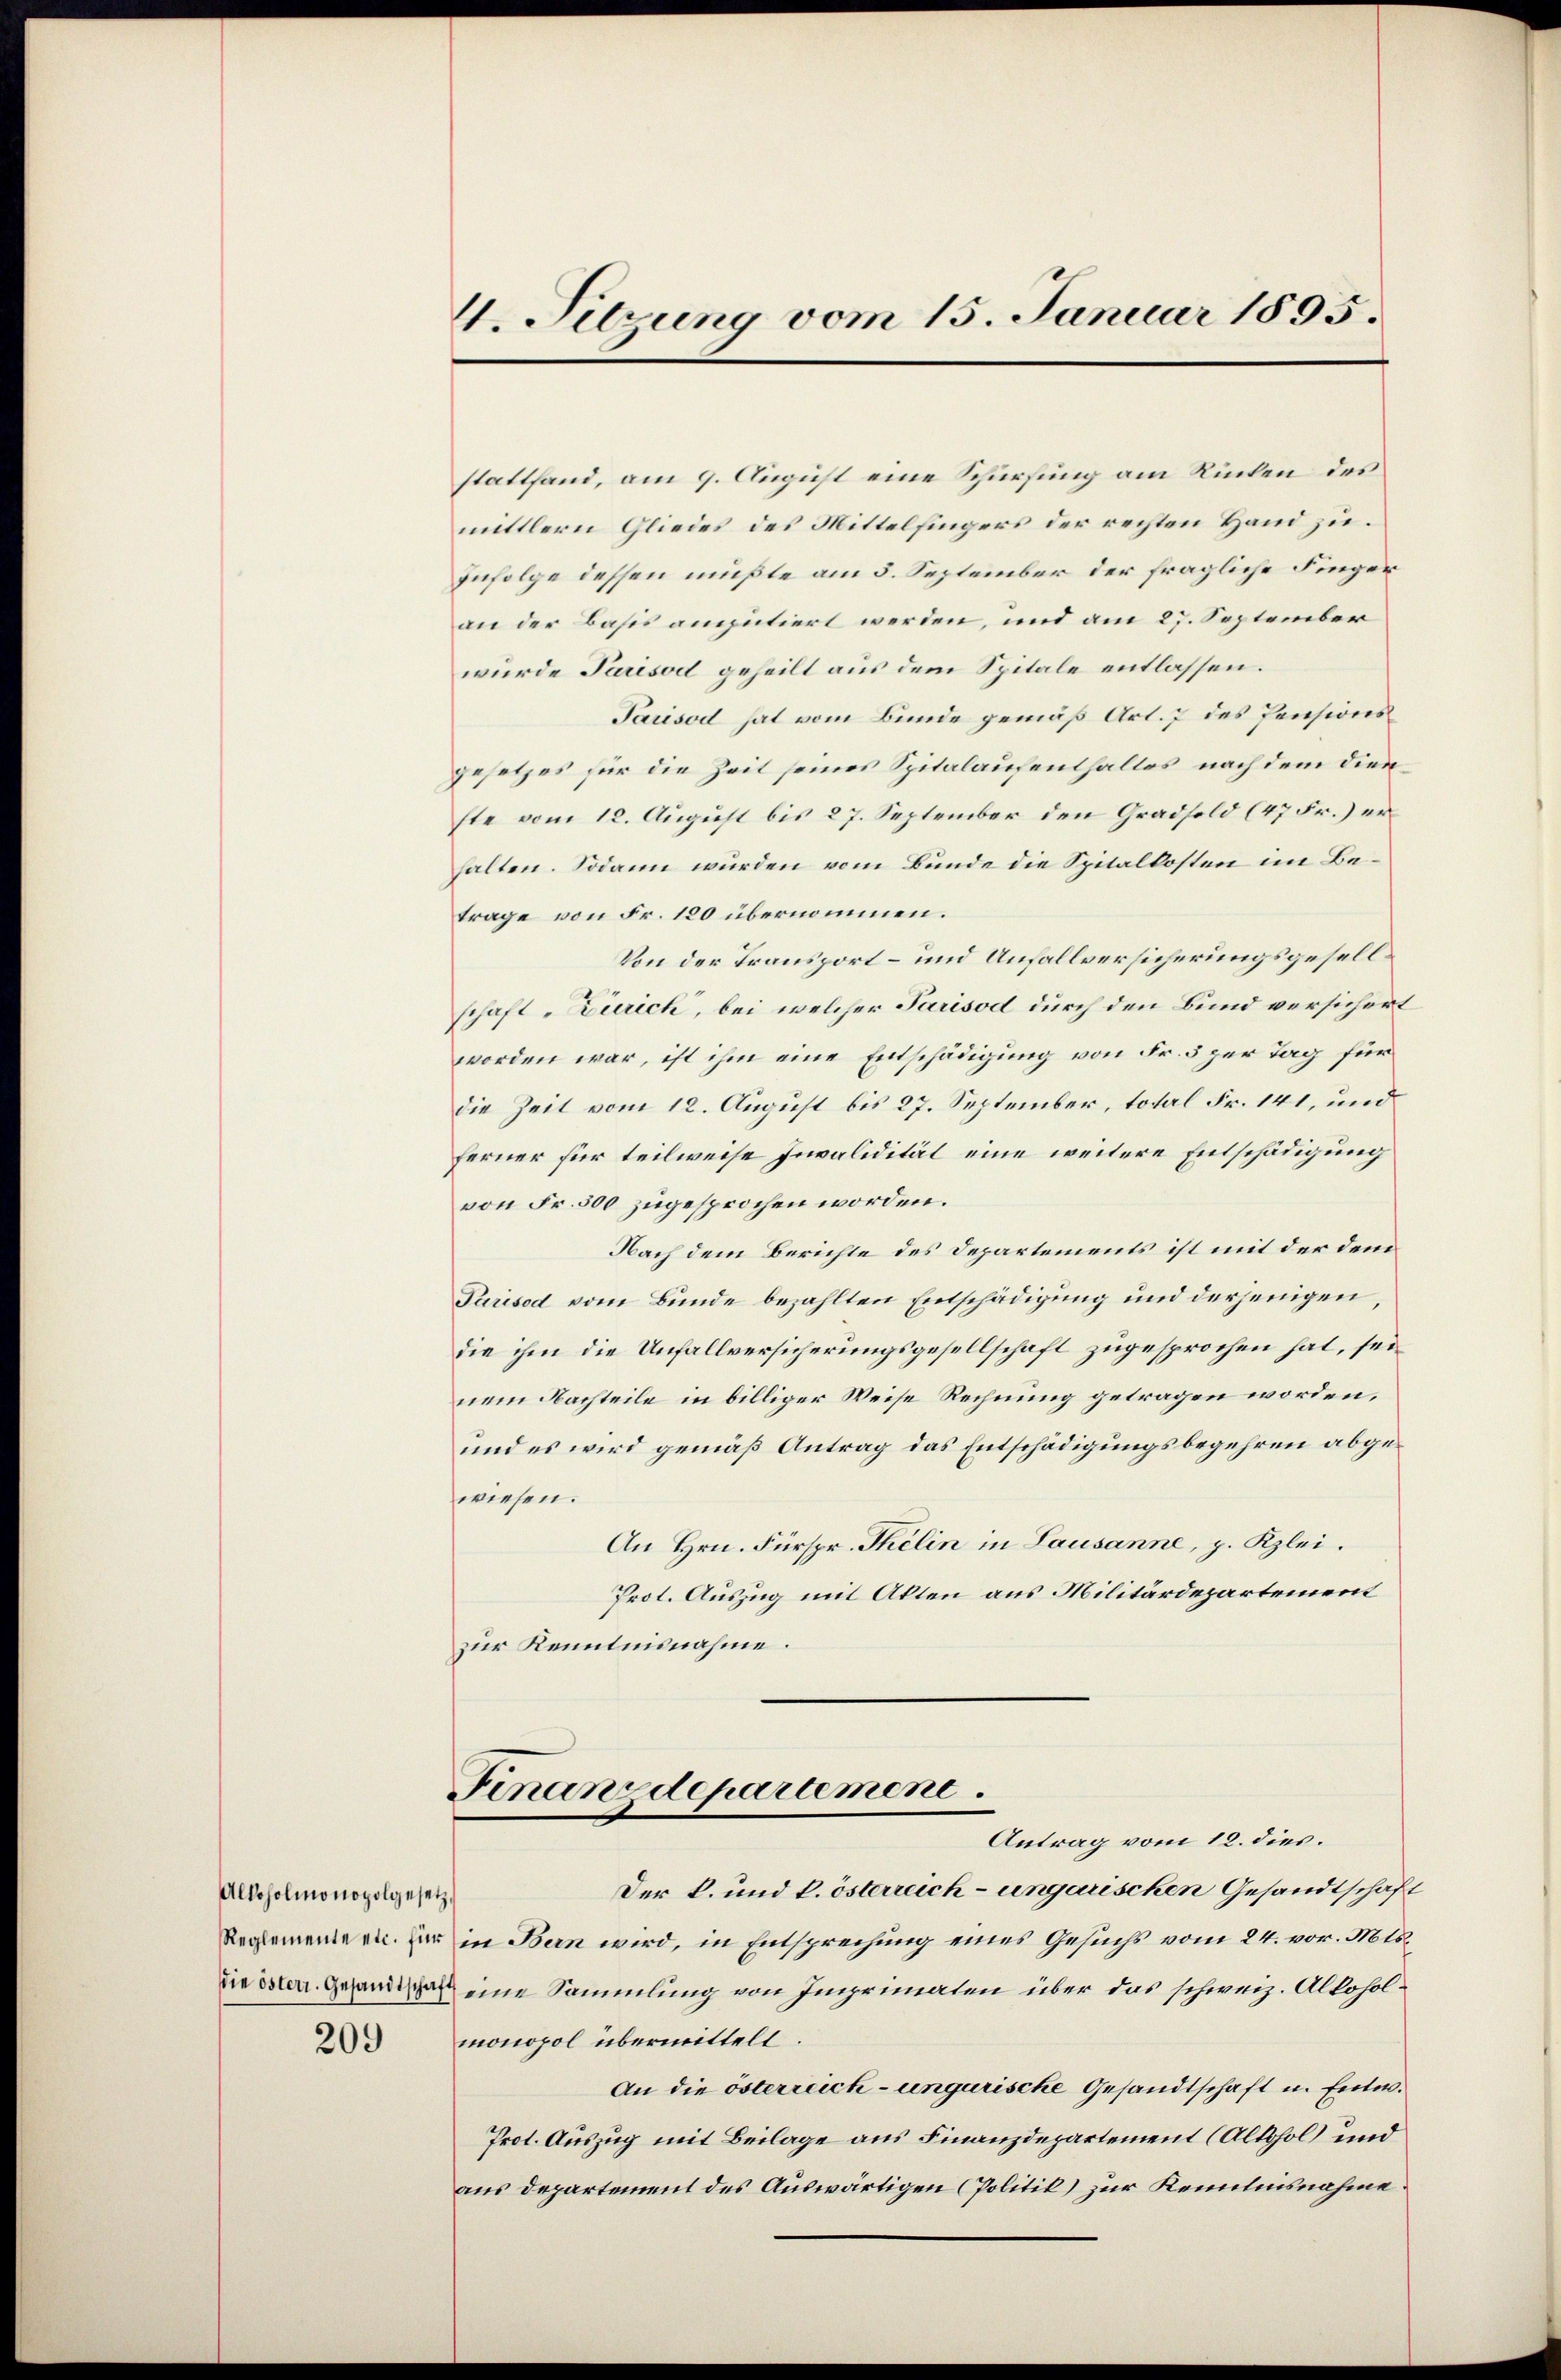
Alkoholmonopolgesetz

209

4. Sitzung vom 15. Januar 1895.

stattfand, am 9. August eine Schürfung am Rücken des
mittlern Gliedes des Mittelfingers der rechten Hand zuzufolge dessen müßte am 5. September der fragliche Finger
an der Basis amputiert werden, und am 27. September
wurde Parisoll geheilt aus dem Spitale entlassen.
Parisod hat vom Bunde gemäß Art. 7 des Pensionsgesetzes für die Zeit seines Spitalaufenthaltes nach dem dienfte vom 12. August bis 27. September den Gradsold (47 Fr.) erhalten. Sodann wurden vom Bunde die Spitalkosten im Betrage von Fr. 120 übernommen.
Von der Transport- und Unfallversicherungsgesell
schaft „Zürich, bei welcher Parisod durch den Bund versichert
worden war, ist ihm eine Entschädigung von Fr. 3 zur Tag für
die Zeit vom 12. August bis 27. September, total Fr. 141, und
ferner für teilweise Invalidität eine weitere Entschädigung
von Fr. 500 zugesprochen worden.
Nach dem Berichte des Departements ist mit der dem
Parised vom Bunde bezahlten Entschädigung und derjenigen,
die ihm die Unfallversicherungsgesellschaft zugesprochen hat, seinem Nachteile in billiger Weise Rechnung getragen worden,
und es wird gemäß Antrag das Entschädigungsbegehren abgewiesen.
An Hrn. Fürspr. Thelin in Lausanne, p. Kzlei.
Prot. Auszug mit Akten aus Militärdepartement
zur Kenntnisnahme.
Finanzdepartement.
Antrag vom 12. dies.
Der k. und k. österreich-ungarischen Gesandtschaf
Reglementern her in Bern wird, in Entsprechung eines Gesuchs vom 24. vor. Mts.
Ziessten. Genda eine Sammlung von Imprimaten über das schweiz. Alloholmonopol übermittelt.
An die österreich-ungarische Gesandtschaft u. Entw.
Prot. Auszug mit Beilage aus Finanzdepartement (Alkohol und
aus Departement des Auswärtigen (Politik) zur Kenntnisnahme